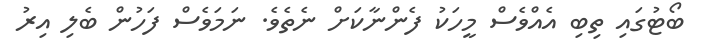
ބޯޓުގައި ތިބި އެއްވެސް މީހަކު ފެންނާކަށް ނެތެވެ. ނަމަވެސް ފަހުން ބެލި އިރު